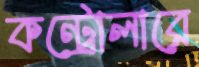
কন্ট্রোলারে